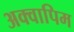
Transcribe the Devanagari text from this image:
अक्वापिम